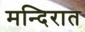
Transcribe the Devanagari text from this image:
मन्दिरात